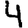
Digit: 4